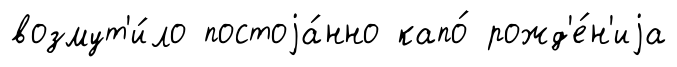
возмут'и́ло постоjа́нно капо́ рожд'е́н'иjа